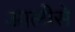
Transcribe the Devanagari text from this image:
आलीसे